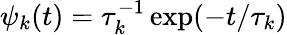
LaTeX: \psi_{k}(t)=\tau_{k}^{-1}\exp(-t/\tau_{k})